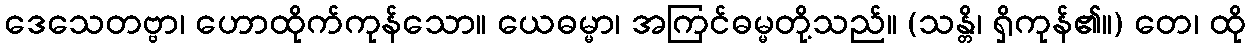
ဒေသေတဗ္ဗာ၊ ဟောထိုက်ကုန်သော။ ယေဓမ္မာ၊ အကြင်ဓမ္မတို့သည်။ (သန္တိ၊ ရှိကုန်၏။) တေ၊ ထို